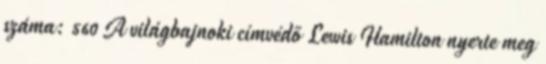
száma: 560 A világbajnoki címvédő Lewis Hamilton nyerte meg